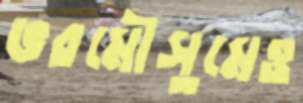
ভরমৌসুমেও